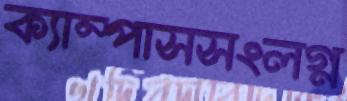
ক্যাম্পাসসংলগ্ন